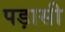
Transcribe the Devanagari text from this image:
पड़ासी